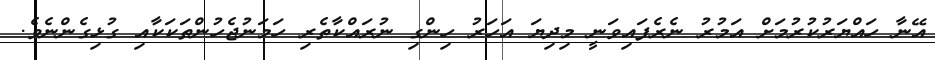
އޭނާ ހައްޔަރުކުރުމަށް އަމުރު ނެރެފައިވަނީ މިދިޔަ އަހަރު ހިންގި ނުރައްކާތެރި ހަމަނުޖެހުންތަކަކާއި ގުޅިގެންނެވެ.